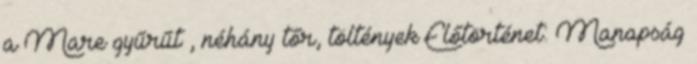
a Mare gyűrűt , néhány tőr, töltények Előtörténet: Manapság